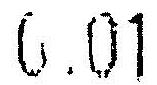
0.01